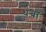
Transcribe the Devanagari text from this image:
थंबा